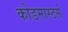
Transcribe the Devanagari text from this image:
कोडमास्टर्स